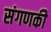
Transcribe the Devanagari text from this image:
संगणकी